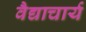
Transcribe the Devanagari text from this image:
वैद्याचार्य